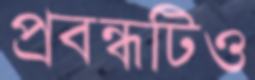
প্রবন্ধটিও